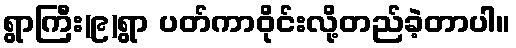
ရွာကြီး(၉)ရွာ ပတ်ကာဝိုင်းလို့တည်ခဲ့တာပါ။